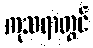
ကုသရာတွင်